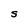
Character: S